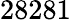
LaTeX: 28281